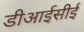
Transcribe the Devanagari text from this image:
डीआईसीई